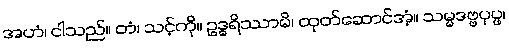
အဟံ၊ ငါသည်။ တံ၊ သင့်ကို။ ဥဒ္ဓရိဿာမိ၊ ထုတ်ဆောင်အံ့။ သမ္မဒဗ္ဗပုပ္ဖ၊